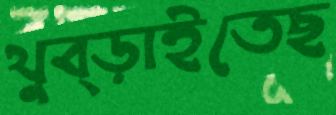
থুব্‌ড়াইতেছ